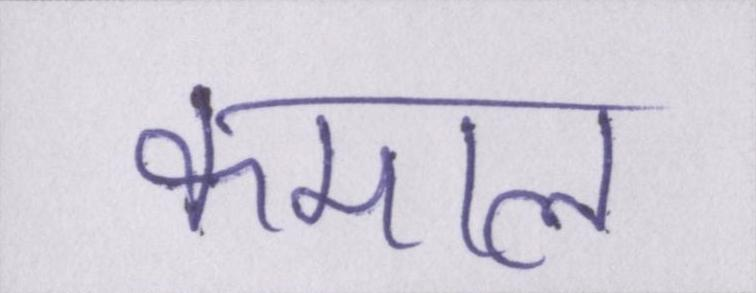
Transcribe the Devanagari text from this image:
कमाल